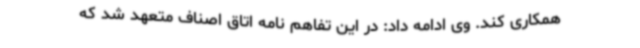
همکاری کند. وی ادامه داد: در این تفاهم نامه اتاق اصناف متعهد شد که